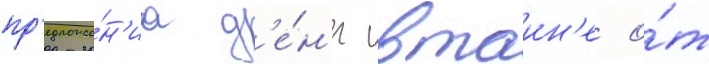
пр'едложе́н'иа д'е́н'ег втаин'е о́т